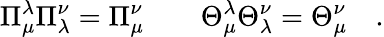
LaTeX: \Pi_{\mu}^{\lambda}\Pi_{\lambda}^{\nu}=\Pi{}_{\mu}^{\nu}\qquad\Theta_{\mu}^{\lambda}\Theta_{\lambda}^{\nu}=\Theta{}_{\mu}^{\nu}\quad.